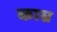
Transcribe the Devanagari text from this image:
काम्र